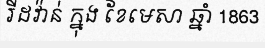
រីដវ៉ាន់ ក្នុង ខែមេសា ឆ្នាំ 1863